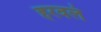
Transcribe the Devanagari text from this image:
हरवलं